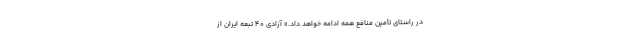
در راستای تأمین منافع همه ادامه خواهد داد.» آزادی ۴۰ تبعه ایران از